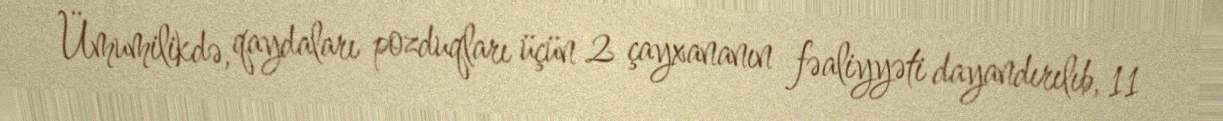
Ümumilikdə, qaydaları pozduqları üçün 2 çayxananın fəaliyyəti dayandırılıb, 11